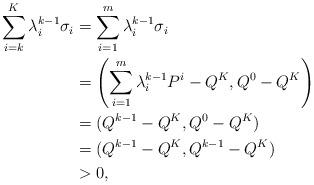
LaTeX: \begin{align*}\sum_{i=k}^K\lambda^{k-1}_i\sigma_i&=\sum_{i=1}^m\lambda^{k-1}_i\sigma_i\\&=\left(\sum_{i=1}^m\lambda^{k-1}_iP^i-Q^K,Q^0-Q^K\right)\\&=(Q^{k-1}-Q^K,Q^0-Q^K)\\&=(Q^{k-1}-Q^K,Q^{k-1}-Q^K)\\&>0,\end{align*}